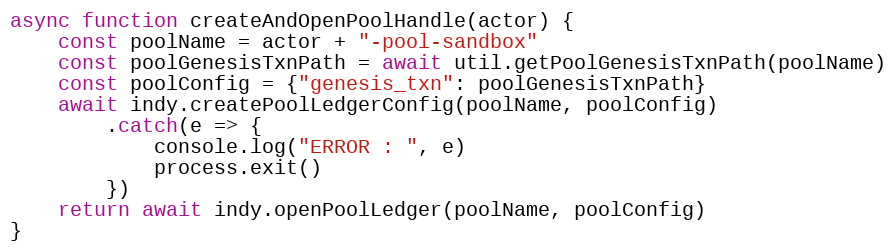
Language: JavaScript
async function createAndOpenPoolHandle(actor) {
    const poolName = actor + "-pool-sandbox"
    const poolGenesisTxnPath = await util.getPoolGenesisTxnPath(poolName)
    const poolConfig = {"genesis_txn": poolGenesisTxnPath}
    await indy.createPoolLedgerConfig(poolName, poolConfig)
        .catch(e => {
            console.log("ERROR : ", e)
            process.exit()
        })
    return await indy.openPoolLedger(poolName, poolConfig)
}